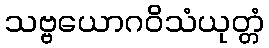
သဗ္ဗယောဂဝိသံယုတ္တံ